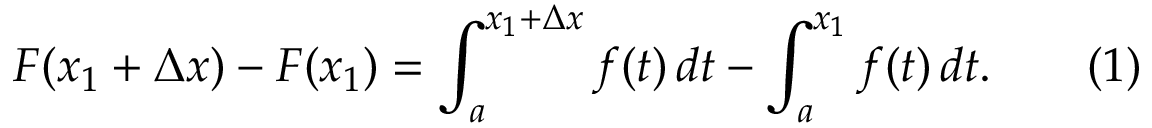
F ( x _ { 1 } + \Delta x ) - F ( x _ { 1 } ) = \int _ { a } ^ { x _ { 1 } + \Delta x } f ( t ) \, d t - \int _ { a } ^ { x _ { 1 } } f ( t ) \, d t . \qquad ( 1 )